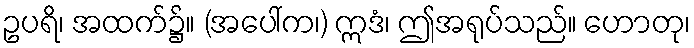
ဥပရိ၊ အထက်၌။ (အပေါ်က၊) ဣဒံ၊ ဤအရုပ်သည်။ ဟောတု၊